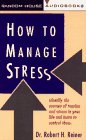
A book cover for How to Manage Stress; Dr. Robert Reiner; Business & Money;